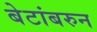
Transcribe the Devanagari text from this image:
बेटांबरुन